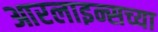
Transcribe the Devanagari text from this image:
आरलाइन्सच्या